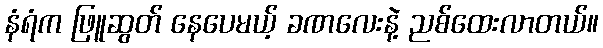
နံရံက ဖြူဆွတ် နေပေမယ့် ခဏလေးနဲ့ ညစ်ထေးလာတယ်။